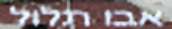
אבו תלול